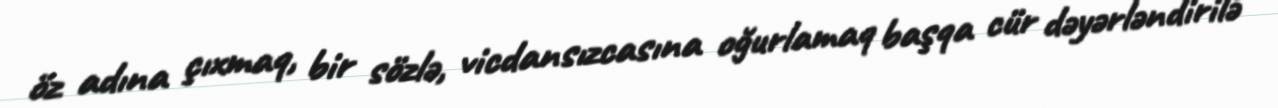
öz adına çıxmaq, bir sözlə, vicdansızcasına oğurlamaq başqa cür dəyərləndirilə